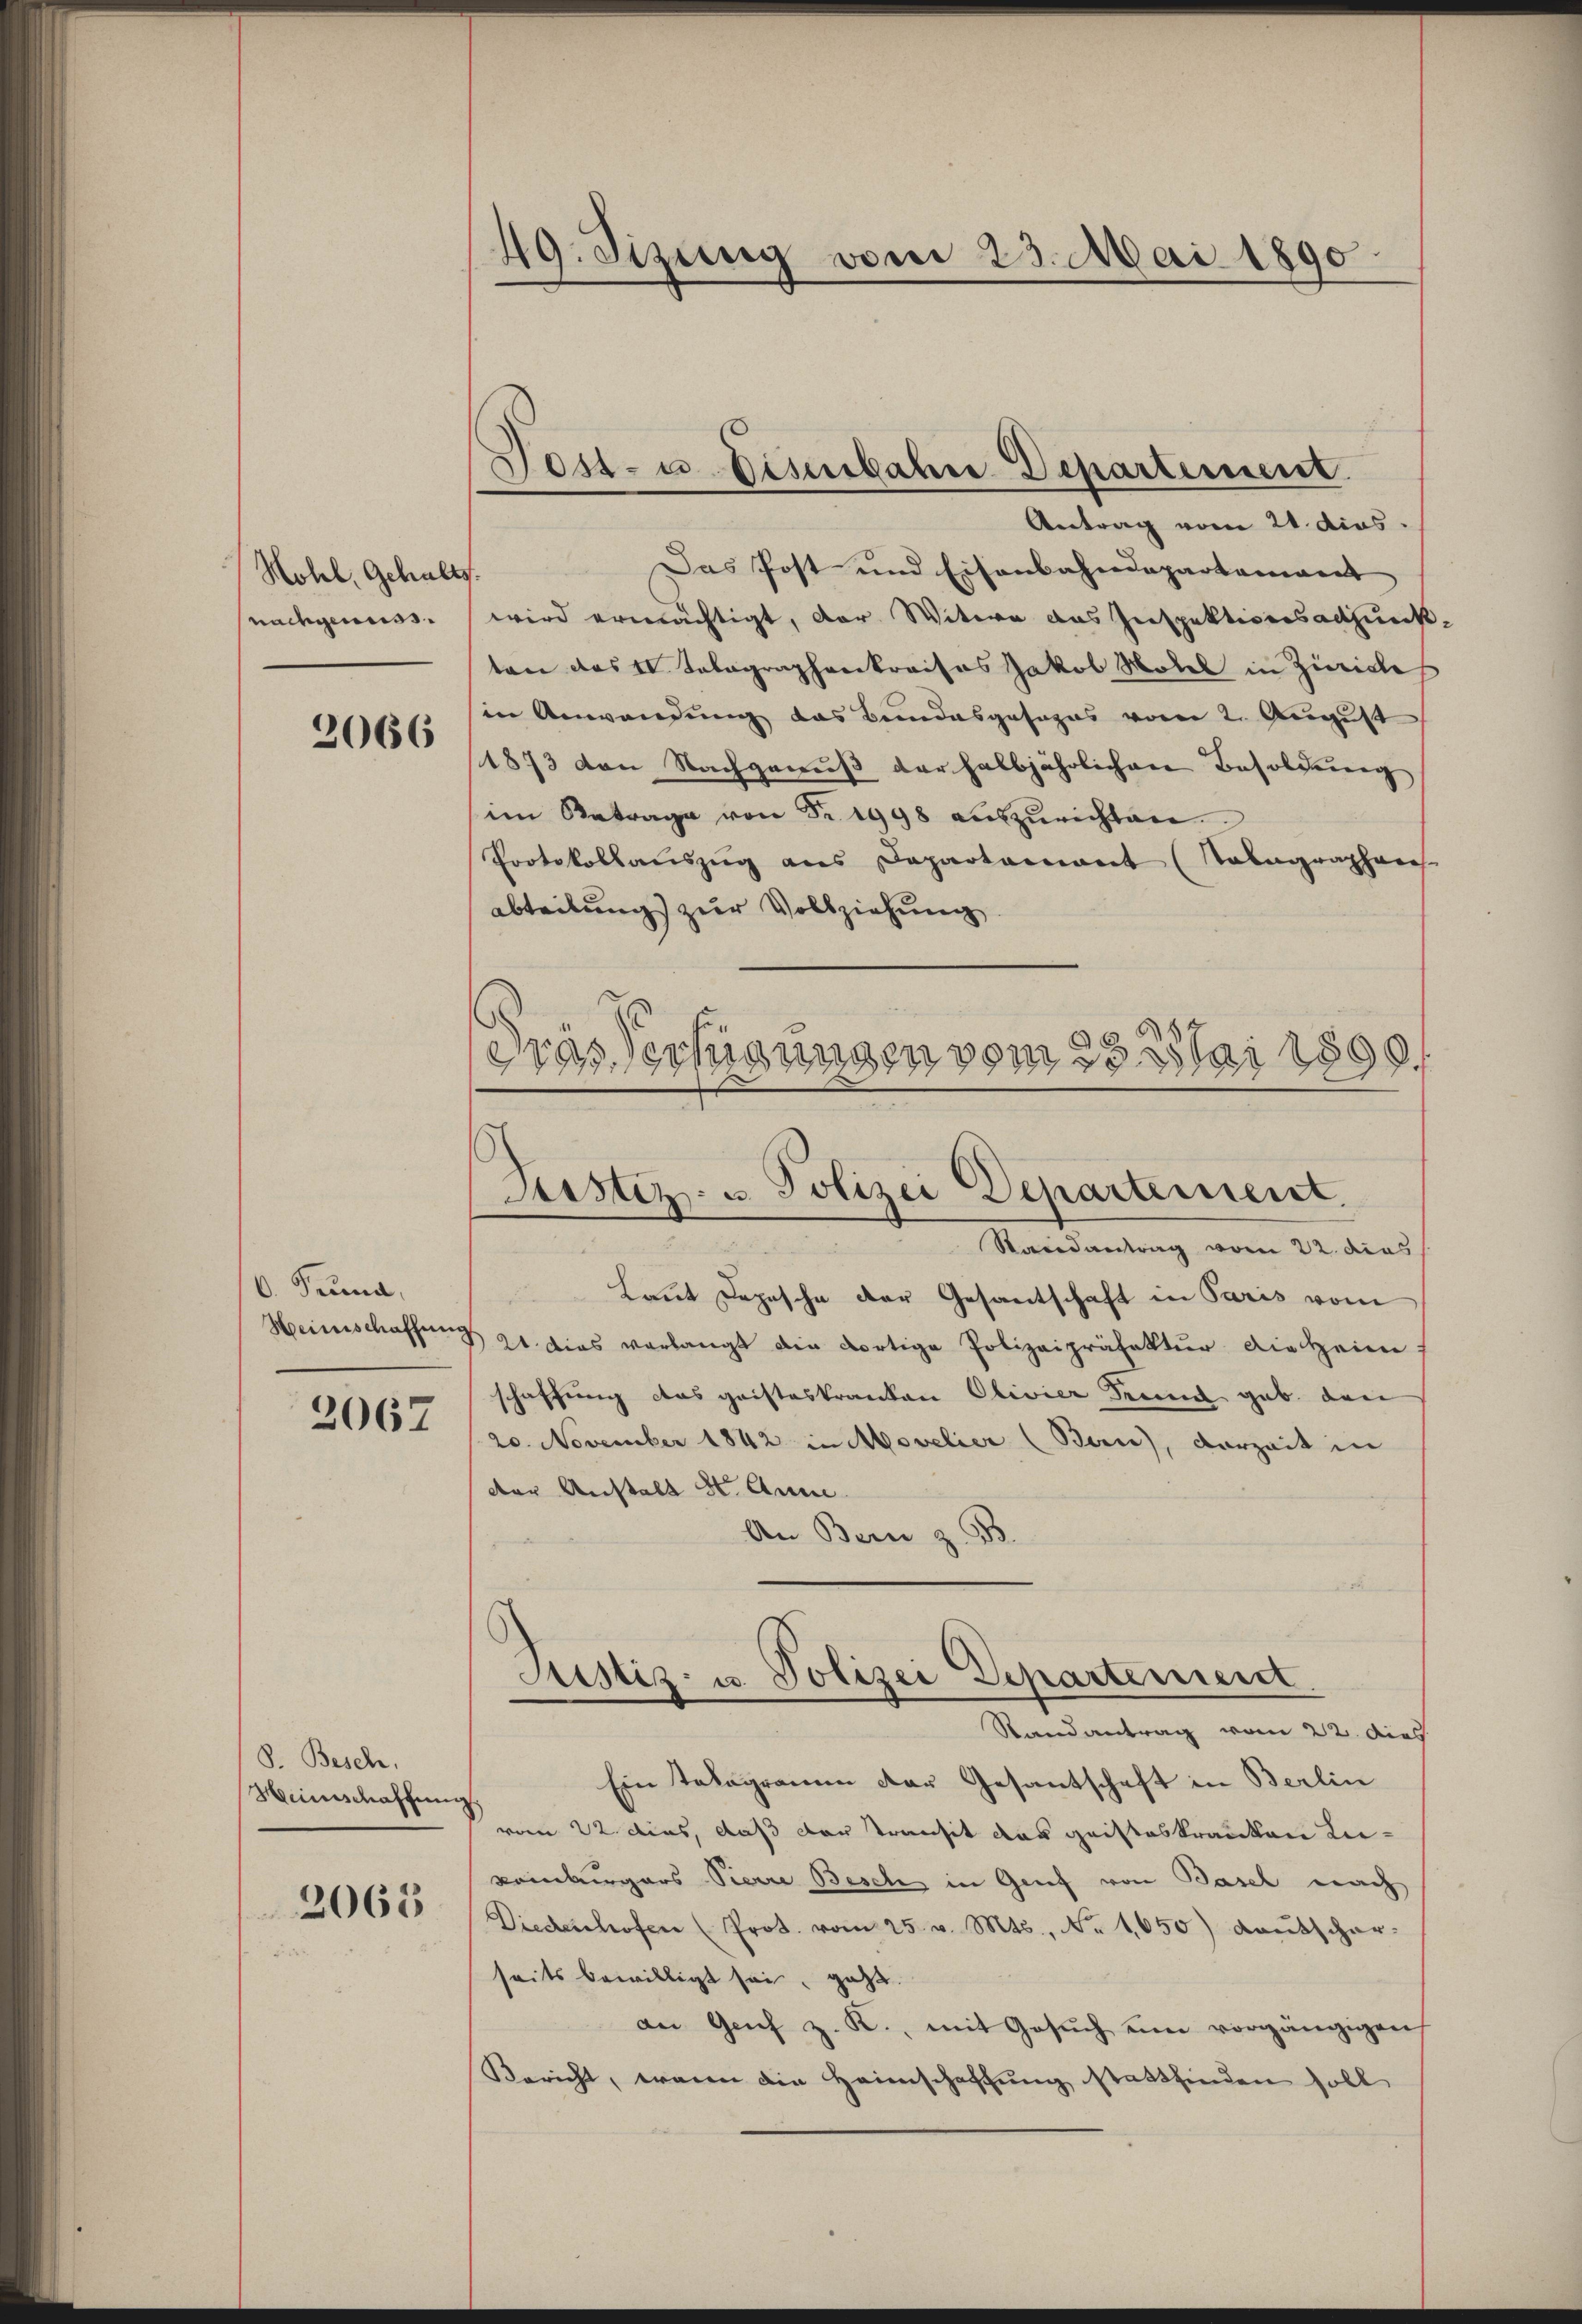
Mohl, Gehalt
nachgenuss.

2066

6. Pruna,
Heinischaffnen

2067

8. Besch.
Heinschaffen

2063

49. Sizung vom 23. Mai 1890.

Tost- u. Eisenbahre Departement

Antrag vom 21. dies
Das Post und Eisenbahndepartement
.
wird ermächtigt, der Witwe das Inspektionsadjunktone das II. Talagraphenkreises Jakob Hotel in Zürich
in Anwendung das Bundesgesages vom 2. August
1873 von Nachgenuß der halbjährlichen Besoldung
im Betrage von Fr. 1998 aŭszŭrichten.
Protokollauszug aus Departariant (Sabagraphies.
abteilung zur Vollziehung
dras Sechigungen vom 28 stai 1890.

Justiz- u. Polizei Departement.

Randantrag vom 22. dies
Laut Depesche der Gesandtschaft in Paris vom
 21 dies verlangt die dortige Polizeipräfektur die Heim
schaffung das gaisteskranken Olivier denen gab. den
20. November 1842 in Movelier (Bun), vorzeit in
der Anstalt St. Anni.
An Bern z. B.
Ein Telegramm der Gesantschaft in Berlin
¬
vom 22. dies, daß der Transit das geisteskranken Lie¬
Komburgers Pierre Besch in Grief von Basel nach
Diedeschofen (Prot. vom 25. v. Mts., Nr. 1650) Kautschar-
seits bewilligt sei, geht.
an Genf z. K., mit Gesuch um vorgängigen
Bericht, waren die Heimschaffung stattfinden soll

Justiz- u. Polizei Departement
Randantrag vom 22. dies